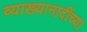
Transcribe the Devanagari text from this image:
व्याख्यानादींच्या